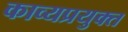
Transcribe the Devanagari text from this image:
काव्यप्रयुक्त